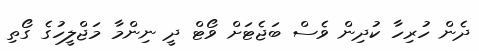
ދެން ހުރިހާ ކުދިން ވެސް ބަޖެޓަށް ވޯޓް ދީ ނިންމާ މަޖްލީހުގެ ގޯތި